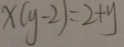
x ( y - 2 ) = 2 + y